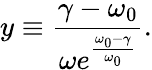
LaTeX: y\equiv\frac{\gamma-\omega_{0}}{\omega e^{\frac{\omega_{0}-\gamma}{\omega_{0}}}}.